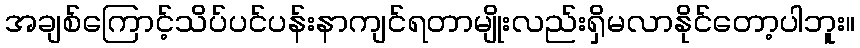
အချစ်ကြောင့်သိပ်ပင်ပန်းနာကျင်ရတာမျိုးလည်းရှိမလာနိုင်တော့ပါဘူး။